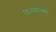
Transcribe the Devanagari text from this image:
नानकांच्या